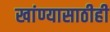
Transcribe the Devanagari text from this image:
खांण्यासाठीही